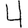
Digit: 4